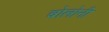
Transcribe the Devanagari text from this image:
बोलोनी